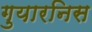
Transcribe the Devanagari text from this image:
गुयारनिस